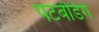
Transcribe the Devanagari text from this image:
पटबेंडिगे